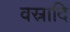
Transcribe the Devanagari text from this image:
वस्रादि